Report on vaccination in the Province of Bengal - 1869-1873
Year: 1869
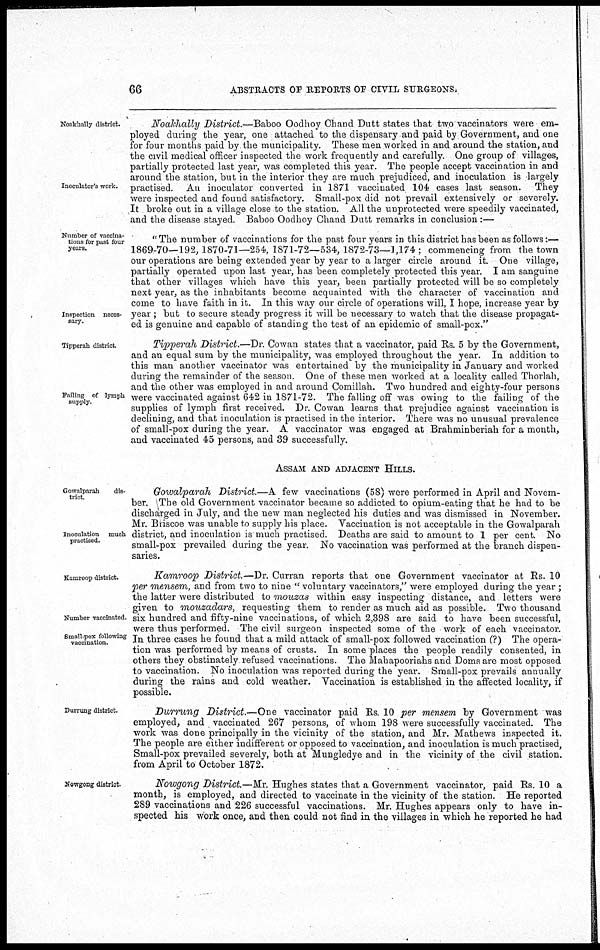
66
ABSTRACTS OF REPORTS OF CIVIL SURGEONS;
Noakhally district.
Inoculator's work.
Noakhallu District.—Baboo Oodhoy Chand Dutt states that two vaccinators were em-
ployed during the year, one attached to the dispensary and paid by Government, and one
for four months paid by the municipality. These men worked in and around the station, and
the civil medical officer inspected the work frequently and carefully. One group of villages,
partially protected last year, was completed this year. The people accept vaccination in and
around the station, but in the interior they are much prejudiced, and inoculation is largely
practised. An inoculator converted in 1871 vaccinated 104 cases last season. They
were inspected and found satisfactory. Small-pox did not prevail extensively or severely.
It broke out in a village close to the station. All the unprotected were speedily vaccinated,
and the disease stayed. Baboo Oodhoy Chand Dutt remarks in conclusion:—
Number of vaccina-
tions for past four
years.
Inspection neces-
sary.
" The number of vaccinations for the past four years in this district has been as follows:—
1869-70—192, 1870-71—254, 1871-72—534, 1872-73—1,174; commencing from the town
our operations are being extended year by year to a larger circle around it. One village,
partially operated upon last year, has been completely protected this year. I am sanguine
that other villages which have this year, been partially protected will be so completely
next year, as the inhabitants become acquainted with the character of vaccination and
come to have faith in it. In this way our circle of operations will, I hope, increase year by
year; but to secure steady progress it will be necessary to watch that the disease propagat-
ed is genuine and capable of standing the test of an epidemic of small-pox."
Tipperah district.
Failing of lymph
supply.
Tipperah District.—Dr. Cowan states that a vaccinator, paid Rs. 5 by the Government,
and an equal sum by the municipality, was employed throughout the year. In addition to
this man another vaccinator was entertained by the municipality in January and worked
during the remainder of the season. One of these men worked at a locality called Thorlah,
and the other was employed in and around Comillah. Two hundred and eighty-four persons
were vaccinated against 642 in 1871-72. The falling off was owing to the failing of the
supplies of lymph first received. Dr. Cowan learns that prejudice against vaccination is
declining, and that inoculation is practised in the interior. There was no unusual prevalence
of small-pox during the year. A vaccinator was engaged at Brahminberiah for a month,
and vaccinated 45 persons, and 39 successfully.
ASSAM AND ADJACENT HILLS.
Gowalparah
dis-
trict.
Inoculation much
practised.
Gowalparah District.—A few vaccinations (58) were performed in April and Novem-
ber. The old Government vaccinator became so addicted to opium-eating that he had to be
discharged in July, and the new man neglected his duties and was dismissed in November.
Mr. Briscoe was unable to supply his place. Vaccination is not acceptable in the Gowalparah
district, and inoculation is much practised. Deaths are said to amount to 1 per cent. No
small-pox prevailed during the year. No vaccination was performed at the branch dispen-
saries.
Kamroop district.
Number vaccinated.
Small-pox following
vaccination.
Kamroop District.—Dr. Curran reports that one Government vaccinator at Rs. 10
per mensem, and from two to nine " voluntary vaccinators," were employed during the year ;
the latter were distributed to mouzas within easy inspecting distance, and letters were
given to mouzadars, requesting them to render as much aid as possible. Two thousand
six hundred and fifty-nine vaccinations, of which 2,398 are said to have been successful,
were thus performed. The civil surgeon inspected some of the work of each vaccinator.
In three cases he found that a mild attack of small-pox followed vaccination (?) The opera-
tion was performed by means of crusts. In some places the people readily consented, in
others they obstinately refused vaccinations. The Mahapooriahs and Doms are most opposed
to vaccination. No inoculation was reported during the year. Small-pox prevails annually
during the rains and cold weather. Vaccination is established in the affected locality, if
possible.
Durrung district.
Durrung District.—One
vaccinator paid Rs. 10 per mensem by Government was
employed, and vaccinated 267 persons, of whom 198 were successfully vaccinated. The
work was done principally in the vicinity of the station, and Mr. Mathews inspected it.
The people are either indifferent or opposed to vaccination, and inoculation is much practised,
Small-pox prevailed severely, both at Mungledye and in the vicinity of the civil station.
from April to October 1872.
Nowgong district.
Nowgong District.—Mr. Hughes states that a Government vaccinator, paid Rs. 10 a
month, is employed, and directed to vaccinate in the vicinity of the station. He reported
289 vaccinations and 226 successful vaccinations. Mr. Hughes appears only to have in-
spected his work once, and then could not find in the villages in "which he reported he had